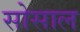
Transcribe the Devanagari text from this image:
सोसाल